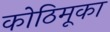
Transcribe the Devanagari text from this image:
कोठिमूका